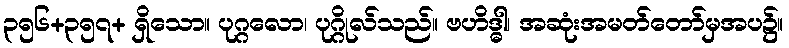
၃၅၆+၃၅၇+ ရှိသော။ ပုဂ္ဂလော၊ ပုဂ္ဂိုလ်သည်။ ဗဟိဒ္ဓါ၊ အဆုံးအမတ်တော်မှအပ၌။